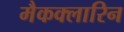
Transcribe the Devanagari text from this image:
मैकक्लारिन